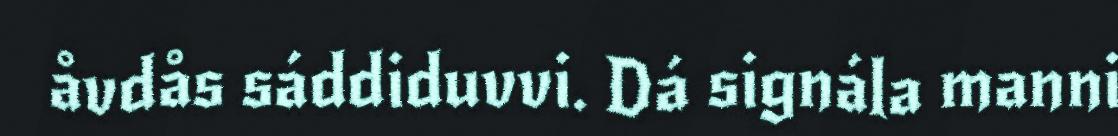
åvdås sáddiduvvi. Dá signála manni